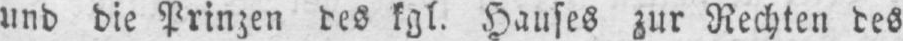
und die Prinzen des kgl. Hauses zur Rechten des